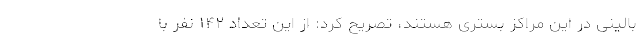
بالینی در این مراکز بستری هستند، تصریح کرد: از این تعداد ۱۴۲ نفر با